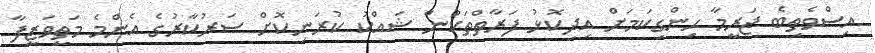
އިސްވެތިބެ ޖަރީމާ ހިންގިކަމަށް އިދިކޮޅު ފަރާތްތަކުން ޝައްކު ކުރަނިކޮށް ސަރުކާރުގެ އެންމެ މަތީވަޒީފާ